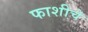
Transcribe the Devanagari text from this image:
फाशीचे